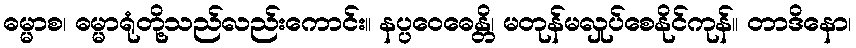
ဓမ္မာစ၊ ဓမ္မာရုံတို့သည်လည်းကောင်း။ နပ္ပဝေဓေန္တိ၊ မတုန်မလှုပ်စေနိုင်ကုန်။ တာဒိနော၊